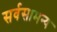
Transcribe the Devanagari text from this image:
सर्वसामन्य